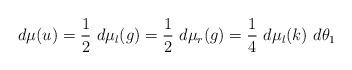
LaTeX: \begin{align*}d \mu (u) = \frac{1}{2} ~d \mu _l (g) = \frac{1}{2} ~d \mu _r (g) = \frac{1}{4} ~d \mu _l (k) ~d \theta _1\end{align*}